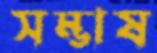
সম্ভাষ